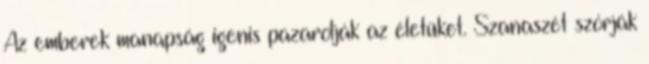
Az emberek manapság igenis pazarolják az életüket. Szanaszét szórják